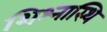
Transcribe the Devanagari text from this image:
शिश्नास्थि